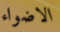
الاضواء